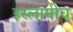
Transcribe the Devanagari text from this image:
इस्लामीच